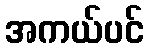
အကယ်ပင်